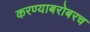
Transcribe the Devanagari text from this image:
करण्‍याबरोबरच